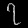
Digit: ၇